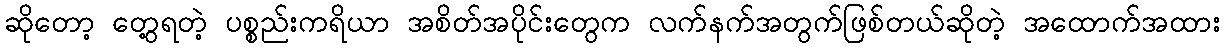
ဆိုတော့ တွေ့ရတဲ့ ပစ္စည်းကရိယာ အစိတ်အပိုင်းတွေက လက်နက်အတွက်ဖြစ်တယ်ဆိုတဲ့ အထောက်အထား